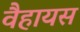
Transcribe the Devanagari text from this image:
वैहायस